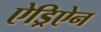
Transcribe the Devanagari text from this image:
ऐड्रिऐन